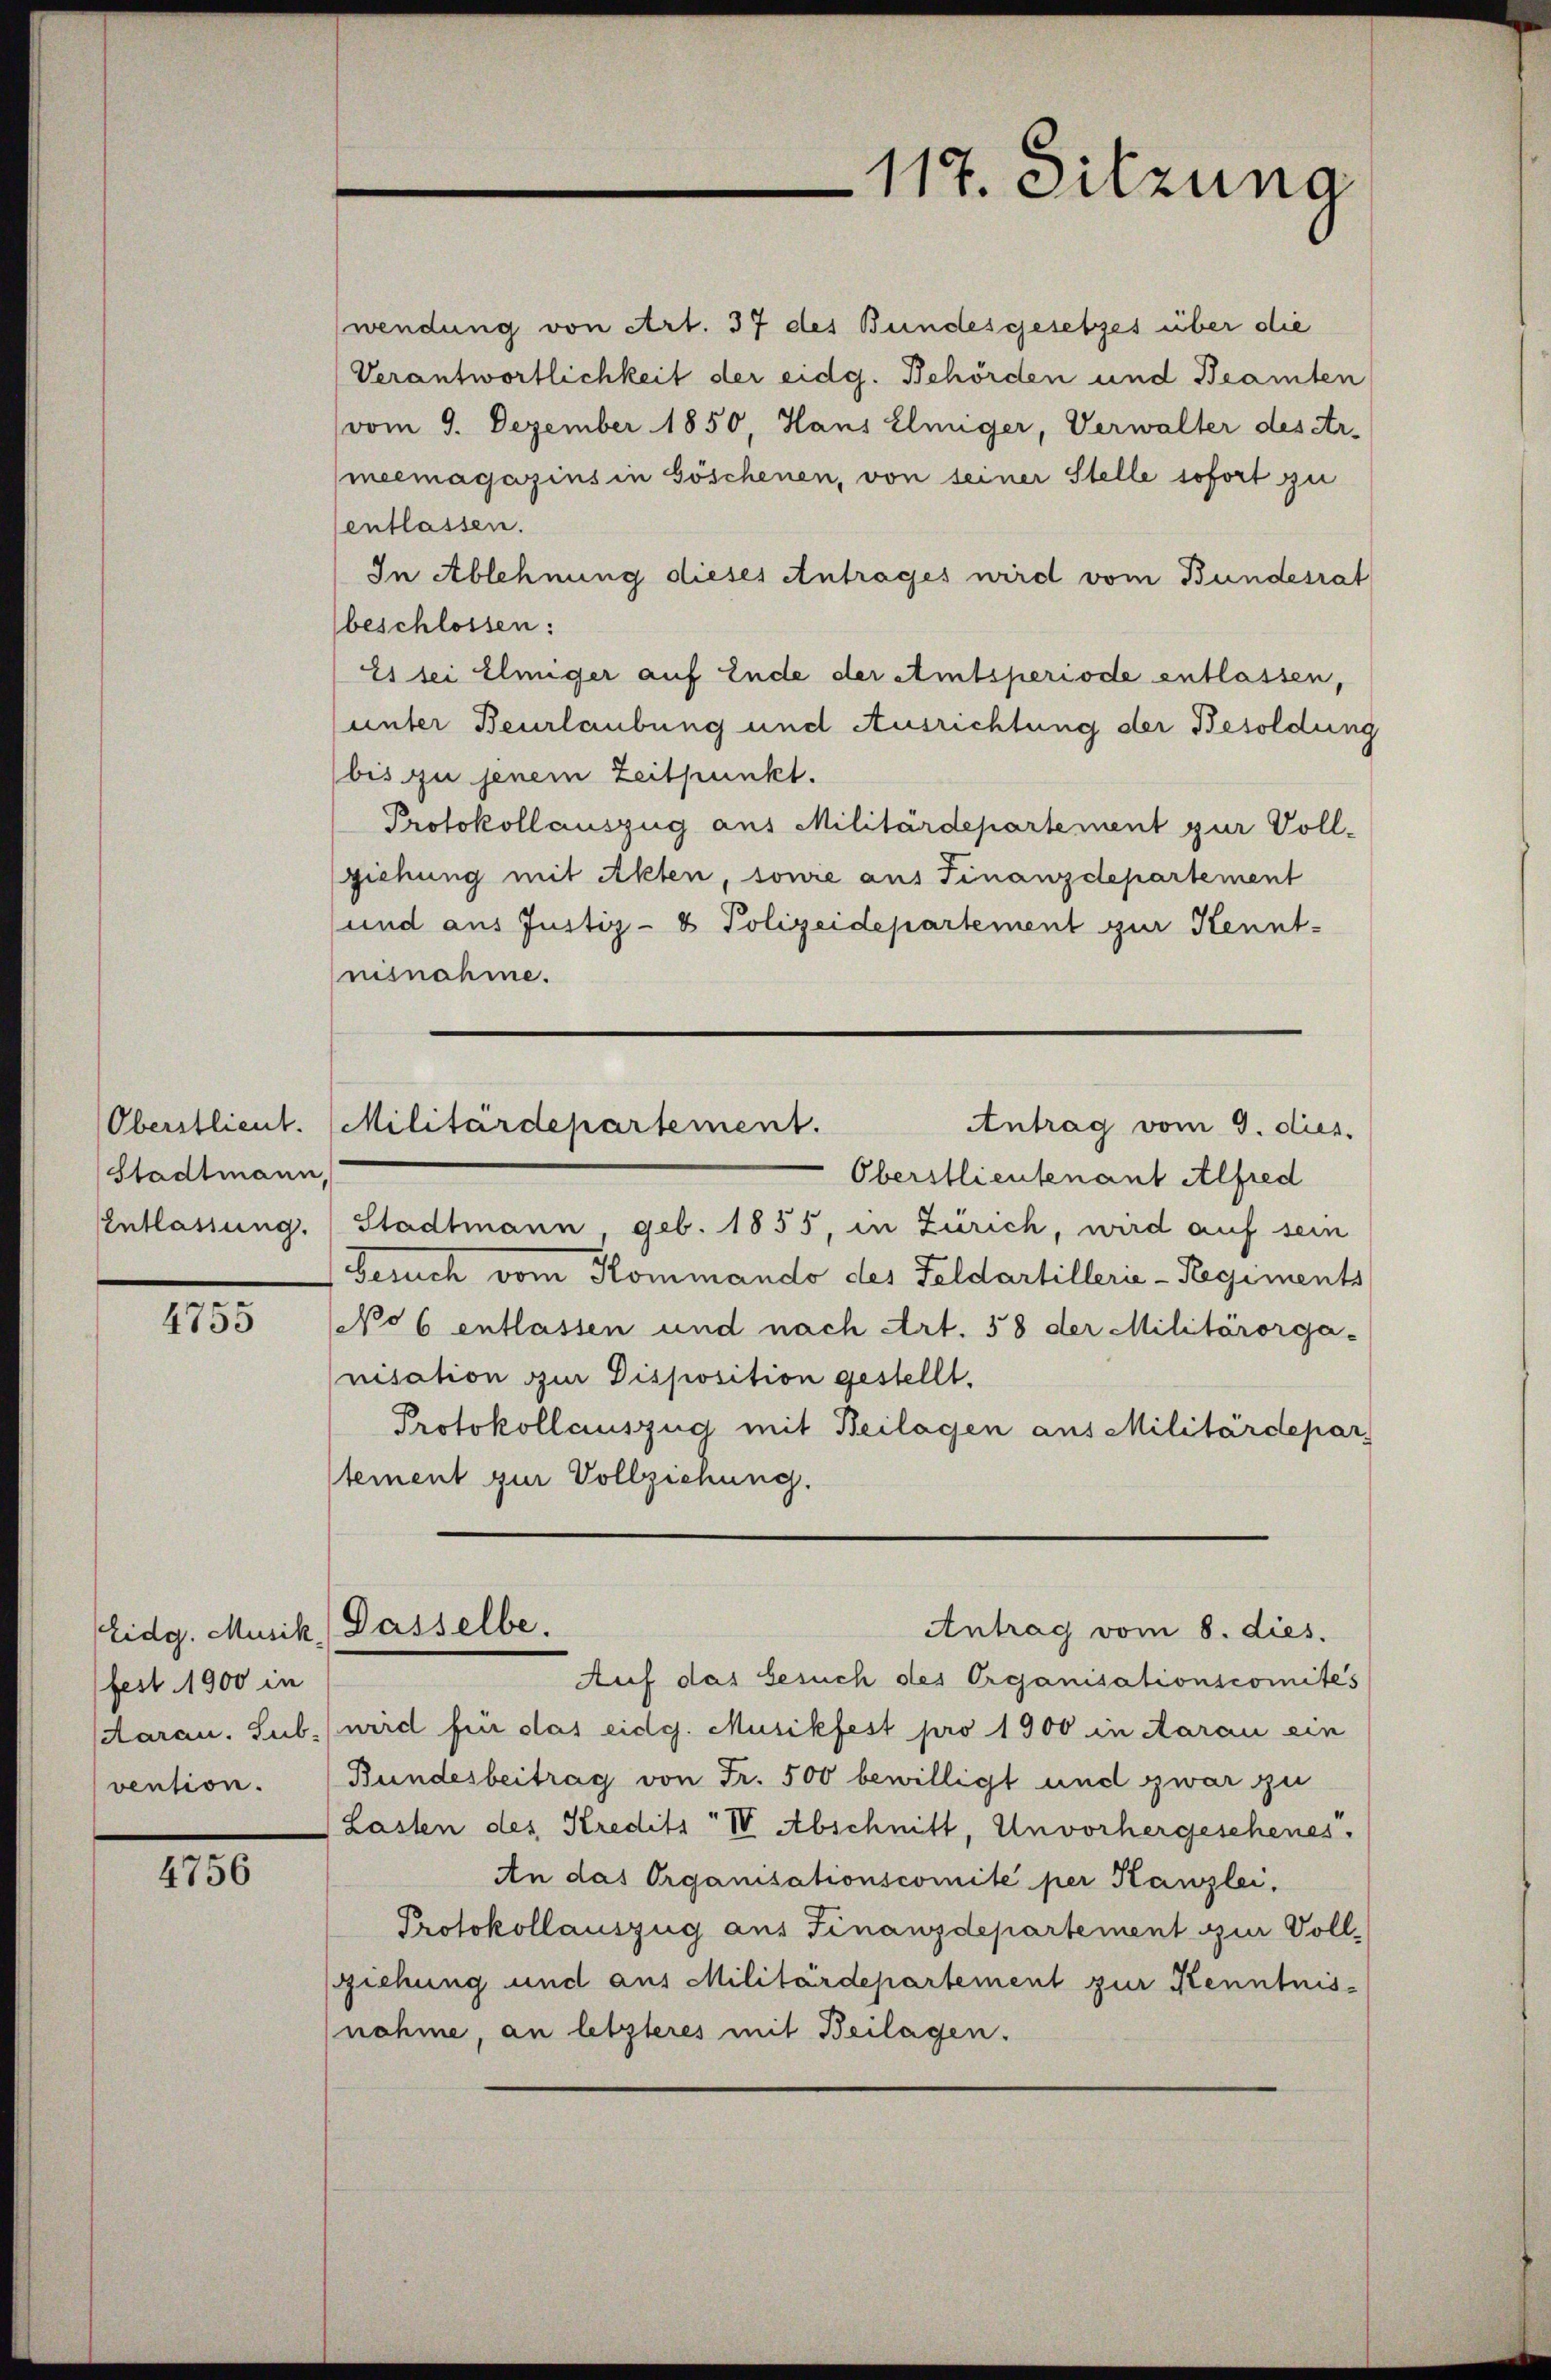
Oberstlieut.
Stadtmann,
EEntlassung.

4755

Eidg. Musik, Dasselbe.
fest 1900 in
vention.

4756

wendung von Art. 37 des Bundesgesetzes über die
Verantwortlichkeit der eidg. Behörden und Beamten
vom 9. Dezember 1850, Hans Elmiger, Verwalter des Ar-
meemagazins in Göschenen, von seiner Stelle sofort zu
sentlassen.
In Ablehnung dieses Antrages wird vom Bundesrat
beschlossen:
Es sei Elmiger auf Ende der Amtsperiode entlassen,
unter Beurlaubung und Ausrichtung der Besoldung
bis zu jenem Zeitpunkt.
Protokollauszug aus Militärdepartement zur Voll-
ziehung mit Akten, sowie aus Finanzdepartement
und aus Justiz- & Polizeidepartement zur Kennt-
nisnahme.
Antrag vom 9. dies
Oberstlieutenant Alfred
Stadtmann, geb. 1855, in Zürich, wird auf sein
Besuch vom Kommando des Feldartillerie-Regiments
(No 6 entlassen und nach Art. 58 der Militärorga-
nisation zur Disposition gestellt.
Protokollauszug mit Beilagen aus Militärdepar
tement zur Vollziehung.
Antrag vom 8. dies.
Auf das Gesuch des Organisationscomites
scaran. Sub. (wird für das eidg. Musikfest pro 1900 in Aarau ein
Bundesbeitrag von Fr. 500 bewilligt und zwar zu
Lasten des Kredits IV Abschnitt, Unvorhergeschenes.
An das Organisationscomite per Kanzlei.
Protokollauszug aus Finanzdepartement zur Vollziehung und aus Militärdepartement zur Kenntnisnahme, an letzteres mit Beilagen.

Militärdepartement.

117. Sitzung